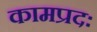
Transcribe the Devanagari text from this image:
कामप्रदः